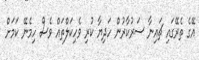
އޭގެ ތެރޭގައި ޗައިނާ ސަރުކާރުން ހަދިޔާ ކުރި ވެހިކަލްތައް ވެސް ހިމެނޭ ކަމަށް